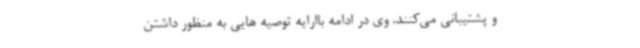
و پشتیبانی می‌کنند. وی در ادامه باارایه توصیه هایی به منظور داشتن